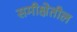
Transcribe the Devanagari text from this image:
समीक्षेतील